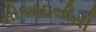
સીઆઇબીસી